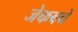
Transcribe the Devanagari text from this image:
जेकबचे